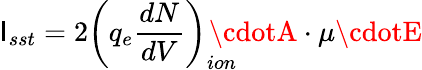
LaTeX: \mathsf{I}_{sst}=2\left(q_{e}\frac{{dN}}{{dV}}\right)_{ion}\! \! \! \! \! \! \cdotA\cdot\mu\cdotE